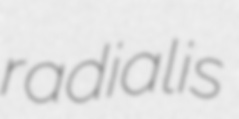
radialis